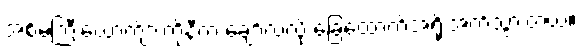
အစ်မကြီးယောက်ျားကိုနီက ချော်လဲလို့ ခြေထောက်အရိုးအက်သွားတယ်။